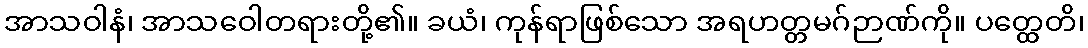
အာသဝါနံ၊ အာသဝေါတရားတို့၏။ ခယံ၊ ကုန်ရာဖြစ်သော အရဟတ္တမဂ်ဉာဏ်ကို။ ပတ္ထေတိ၊